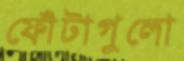
ফোঁটাগুলো